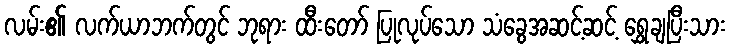
လမ်း၏ လက်ယာဘက်တွင် ဘုရား ထီးတော် ပြုလုပ်သော သံခွေအဆင့်ဆင့် ရွှေချပြီးသား